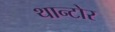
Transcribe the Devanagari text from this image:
थान्टोर